Memorandum on the prevention of leprosy by segregation of the affected
Disease focus: Leprosy
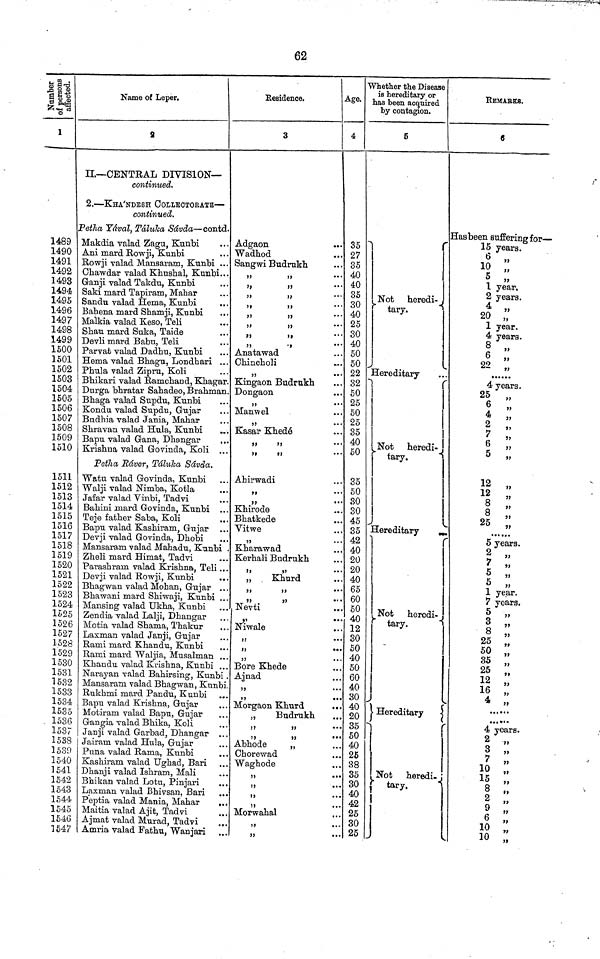
62
1
1489
1490
1491
1492
1493
1494
1495
1496
1497
1498
1499
1500
1501
1502
1503
1504
1505
1506
1507
1508
1509
1510
1511
1512
1513
1514
1515
1516
1517
1518
1519
1520
1521
1522
1523
1524
1525
1526
1527
1528
1529
1530
1531
1532
1533
1534
1535
1536
1537
1538
1539
1540
1541
1542
1543
1544
1545
1546
1547
Name of Leper.
2
II.— CENTRAL DIVISION—
continued.
2. — KHA'NDESH COLLBCTORATE —
continued.
Petha Yával, Táluka Sávda — contd.
Makdia valad Zagu, Kunbi
Ani mard Rowji, Kunbi
Rowji valad Mansaram, Kunbi ...
Chawdar valad Khushal, Kunbi...
Ganji valad Takdu, Kunbi
Saki mard Tapiram, Mahar
Sandu valad Hema, Kunbi
Bahena mard Shamji, Kunbi
Malkia valad Keso, Teli
Shau mard Suka, Taide
Devli mard Babu, Teli
Parvat valad Dadhu, Kunbi
Hema valad Bhagu, Londhari ...
Phula valad Zipru, Koli
Bhikari valad Ramchand, Khagar.
Durga bhratar Sahadeo, Brahman.
Bhaga valad Supdu, Kunbi
Kondu valad Supdu, Gujar
Budhia valad Jania, Mahar
Shravan valad Hula, Kunbi
,,.
Bapu valad Gana, Dhangar
,.
Krishna valad Govinda, Koli ...
Petha Ráver, Táluka Sávda.
Watn valad Govinda, Kunbi
Walji valad Nimba, Kotla
Jafar valad Vinbi, Tadvi
Bahini mard Govinda, Kunbi ..
Teje father Saba, Koli
Bapu valad Kashiram, Gujar
Devji valad Govinda, Dhobi
Mansaram valad Mahadu, Kunbi
Zheli mard Himat, Tadvi
Parashram valad Krishna, Teli ..
Devji valad Rowji, Kunbi
..
Bhagwan valad Mohan, Gujar .,
Bhawani mard Shiwaji, Kunbi ..
Mansing valad Ukha, Kunbi
Zendia valad Lalji, Dhangar
Motia valad Shama, Thakur
Laxman valad Janji, Gujar
Rami mard Khandu, Kunbi
Rami mard Waljia, Musalman ..
Khandu valad Krishna, Kunbi ...
Narayan valad Bahirsing, Kunbi
Mansaram valad Bhagwan, Kunbi
Rukhmi mard Pandu, Kunbi
Bapu valad Krishna, Gujar
Motiram valad Bapu, Gujar
Gangia valad Bhika, Koli
Janji valad Garbad, Dhangar ..
Jairam valad Hula, Gujar
Puna valad Rama, Kunbi
Kashiram valad Ughad, Bari
Dhanji valad Ishram, Mali
Bhikan valad Lotu, Pinjari
Laxman valad Bhivsan, Bari ..
Peptia valad Mania, Mahar
Maitia valad Ajit, Tadvi
Ajmat valad Murad, Tadvi
Amria valad Fathu, Wanjari
Residence.
3
Adgaon
Wadhod
Sangwi Budrukh
"
"
"
"
"
"
"
"
"
"
"
"
"
"
"
"
Anatawad
Chincholi
"
Kingaon Budrukh
Dongaon
,,
Manwel
"
"
Kasar Khedé
"
"
"
"
Ahirwadi
"
"
"
Khirode
Bhatkede
Vitwe
"
Kharawad
Kerhali Budrukh
"
"
„
Khurd
"
"
"
"
Nevti
"
Niwale
"
,,
"
Bore Khede
Ajnad
"
Morgaon Khurd
„
Budrukh
"
"
"
"
Abhode
„
Chorewad
Waghode
"
"
"
"
"
Morwahal
"
"
"
"
Age.
4
35
27
35
40
40
35
30
40
25
30
40
50
50
22
32
50
25
50
25
35
40
50
35
50
30
30
45
35
42
40
20
20
40
65
60
50
40
12
30
50
40
50
60
40
30
40
20
35
50
40
26
38
35
30
40
42
25
30
25
Whether the Disease
is hereditary or
has been acquired
by contagion.
5
Not
heredi-
tary.
Hereditary
tary.
Hereditary
Not
heredi-
tary.
Hereditary
Not heredi-
tary.
REMARKS.
6
Has been suffering for —
15 years.
6 "
10 „
5 „
1 year.
2 years.
4 „
20 "
1 year.
4 years.
8 „
6
22 „
4 years.
25 „
6
„
4
2
7
6
5
12 „
12
8
8
25
5 years.
2 „
7
7
5 „
5 „
1 year.
7 years.
5
3 "
8 "
25
50
35
25
12 "
16
4 "
4 years.
2 „
3 „
7
10 "
15
8 "
2 "
9 "
6 "
10 "
10 „